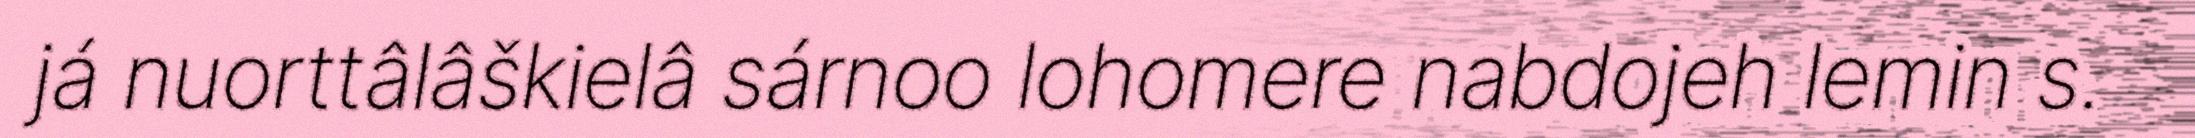
já nuorttâlâškielâ sárnoo lohomere nabdojeh lemin s.